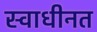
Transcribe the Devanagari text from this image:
स्वाधीनत